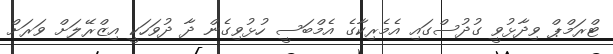
ޓްރަމްޕް ވިދާޅުވީ ގުދުސްގައި އެމެރިކާގެ އެމްބަސީ ހުޅުވިގެން ދާ ދުވަހަކީ އިޒްރޭލަށް ވަރަށް